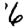
Digit: 6